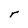
Character: r